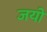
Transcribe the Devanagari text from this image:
जयों